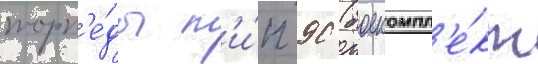
торп'е́ды т'и́п 90 (боекомпл'е́кт